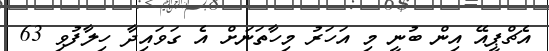
އެޗްޕީއޭ އިން ބުނީ މި އަހަރު މިހާތަނަށް އެ ގަވައިދާ ހިލާފުވި 63